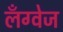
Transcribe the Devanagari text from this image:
लॅंग्वेज